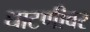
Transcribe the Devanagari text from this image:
धाटणीवर